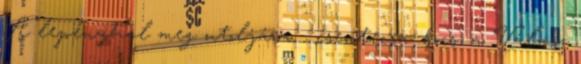
A lepényhal meg utoljára. : csentecsa: bocs, a Válasz